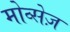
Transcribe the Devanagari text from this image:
मोव्सेज़